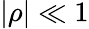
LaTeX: |\rho|\ll 1